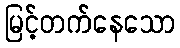
မြင့်တက်နေသော